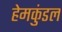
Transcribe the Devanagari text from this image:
हेमकुंडल